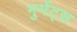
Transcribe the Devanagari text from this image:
मुमेंट्स